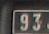
93